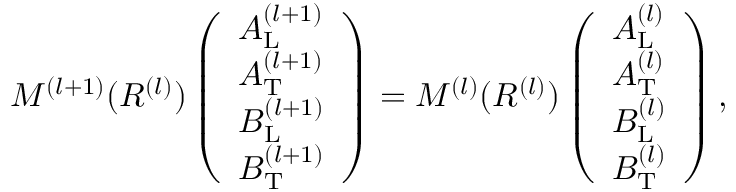
\begin{array} { r } { M ^ { ( l + 1 ) } ( R ^ { ( l ) } ) \left( \begin{array} { l } { A _ { \mathrm { L } } ^ { ( l + 1 ) } } \\ { A _ { \mathrm { T } } ^ { ( l + 1 ) } } \\ { B _ { \mathrm { L } } ^ { ( l + 1 ) } } \\ { B _ { \mathrm { T } } ^ { ( l + 1 ) } } \end{array} \right) = M ^ { ( l ) } ( R ^ { ( l ) } ) \left( \begin{array} { l } { A _ { \mathrm { L } } ^ { ( l ) } } \\ { A _ { \mathrm { T } } ^ { ( l ) } } \\ { B _ { \mathrm { L } } ^ { ( l ) } } \\ { B _ { \mathrm { T } } ^ { ( l ) } } \end{array} \right) , } \end{array}